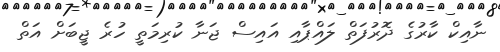
ނާއިކް ކާރުގެ ދޮރުފަތް ލައްޕާއި އައިސް ޖަނާ ކުރިމަތީ ހުރެ ޖީބަށް އަތް